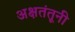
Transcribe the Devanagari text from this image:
अक्षतंतूनी